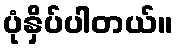
ပုံနှိပ်ပါတယ်။